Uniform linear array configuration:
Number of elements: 4
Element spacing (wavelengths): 0.75
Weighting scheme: cosine
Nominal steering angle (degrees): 60
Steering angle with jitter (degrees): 58.875
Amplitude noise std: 0.05
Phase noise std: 0.05

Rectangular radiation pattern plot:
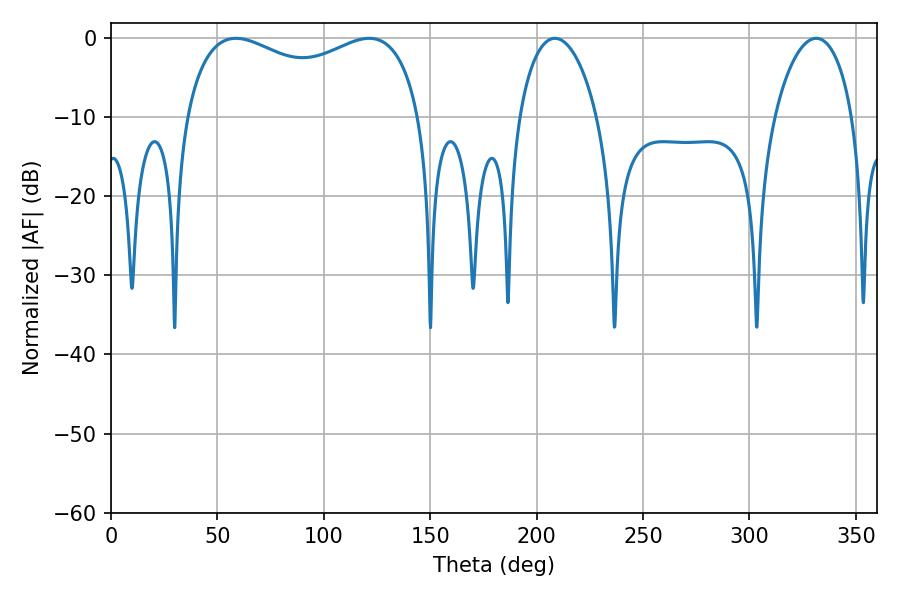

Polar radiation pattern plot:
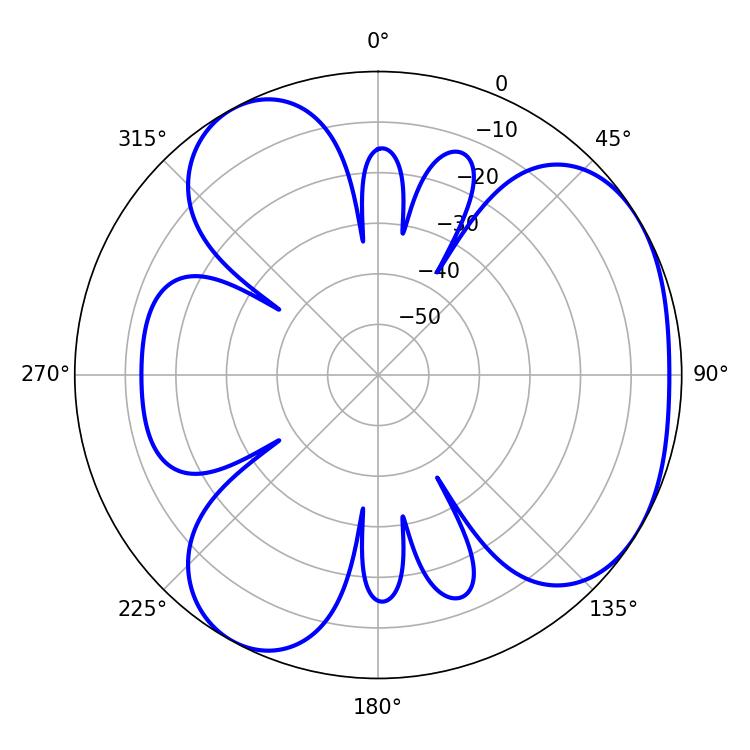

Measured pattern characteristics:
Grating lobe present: TRUE
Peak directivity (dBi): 4.159
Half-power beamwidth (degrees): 20.88
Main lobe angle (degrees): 331.38